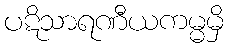
ပဋိသာရဏီယကမ္မမှိ